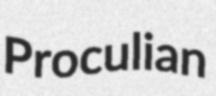
Proculian